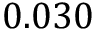
0 . 0 3 0